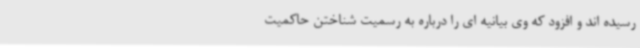
رسیده اند و افزود که وی بیانیه ای را درباره به رسمیت شناختن حاکمیت